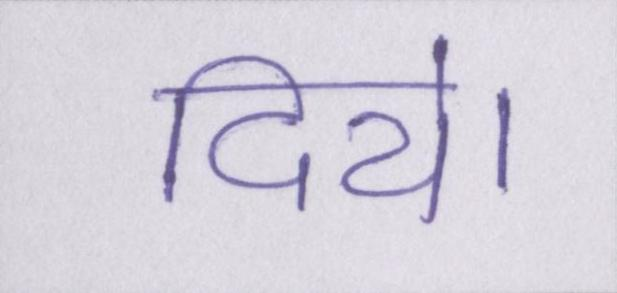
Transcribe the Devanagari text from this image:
दिये।